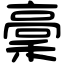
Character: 稾